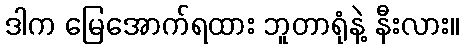
ဒါက မြေအောက်ရထား ဘူတာရုံနဲ့ နီးလား။